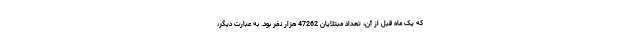
که یک ماه قبل از آن، تعداد مبتلایان 47262 هزار نفر بود. به عبارت دیگر،